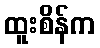
ထူးစိန်က